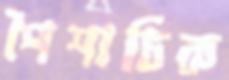
পৈশাচিক